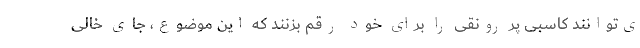
ی‌توانند کاسبی پر رونقی را برای خود رقم بزنند که این موضوع، جای خالی